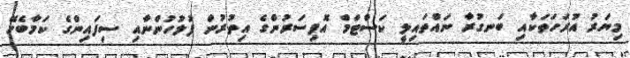
މިޔަރު އުރަހަތަކާއި ބަނގުރާ ނައްތައިލީ ކަސްޓަމް އޮފިސަރުންގެ އިތުރުން ފުލުހުންނާއި ސިފައިންގެ ކަމާބެހޭ